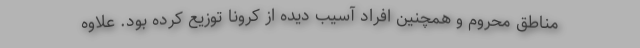
مناطق محروم و همچنین افراد آسیب دیده از کرونا توزیع کرده بود. علاوه